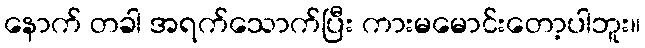
နောက် တခါ အရက်သောက်ပြီး ကားမမောင်းတော့ပါဘူး။